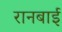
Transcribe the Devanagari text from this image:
रानबाई